Veterinary regulations India, 1925 -
Year: 1925
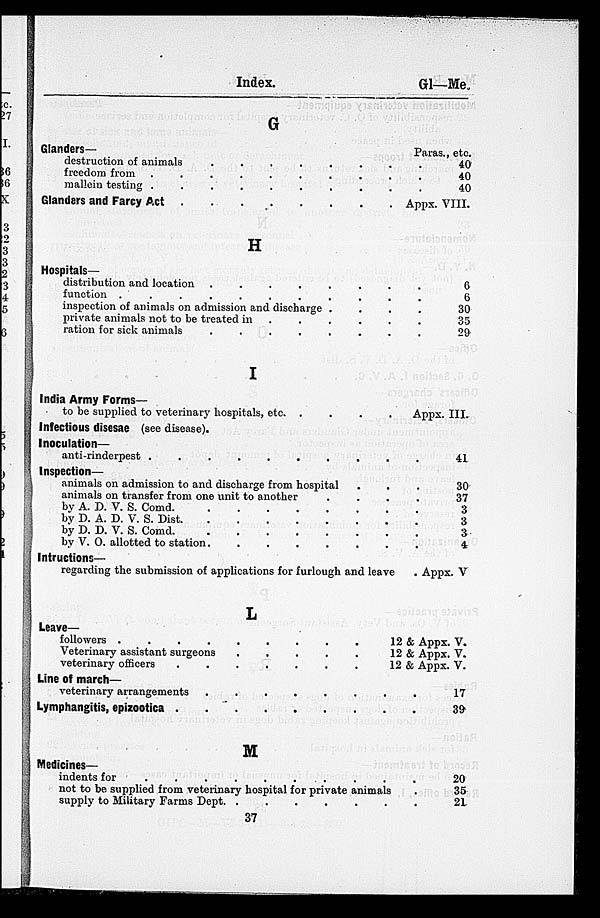
Index.
Gl—Me.
G
Glanders—
destruction of animals . . . . . . . . . . . .
freedom from . . . . . . . . . . . .
mallein testing . . . . . . . . . . . .
Glanders and Farcy Act . . . . . . . . . . . .
H
Hospitals—
distribution and location . . . . . . . . . . . .
function . . . . . . . . . . . .
inspection of animals on admission and discharge . . .
private animals not to be treated in . . . . . . . . . . . .
ration for sick animals . . . . . . . . . . . .
I
India Army Forms—
to be supplied to veterinary hospitals, etc. . . . . . . . . . . . .
Infectious disesae (see disease).
Inoculation—
anti-rinderpest . . . . . . . . . . . .
Inspection—
animals on admission to and discharge from hospital . . .
animals on transfer from one unit to another . . . .
by A. D. V. S. Comd. . . . . . . . . . . . .
by D. A. D. V. S. Dist. . . . . . . . . . . . .
by D. D. V. S. Comd. . . . . . . . . . . . .
by V. O. allotted to station . . . . . . . . . . . .
Inductions—
regarding the submission of applications for furlough and leave .
L
Leave—
followers . . . . . . . . . . . .
Veterinary assistant surgeons . . . . . . . . . . . .
veterinary officers
.
.
.
.
.
.
.
.
.
.
.
.
Line of march—
veterinary arrangements . . . . . . . . . . . .
Lymphangitis, spizootica . . . . . . . . . . . .
M
Medicines—
indents for . . . . . . . . . . . .
not to be supplied from veterinary hospital for private animals .
supply to Military Farms Dept. . . . . . . . . . . . .
Paras., etc.
40
40
40
Appx. VIII.
6
6
30
35
29
Appx. III.
41
30
37
3
3
3
4
Appx. V
12 & Appx. V.
12 & Appx. V.
12 & Appx. V.
17
39
20
35
21
37